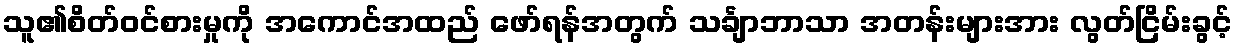
သူ၏စိတ်ဝင်စားမှုကို အကောင်အထည် ဖော်ရန်အတွက် သင်္ချာဘာသာ အတန်းများအား လွတ်ငြိမ်းခွင့်